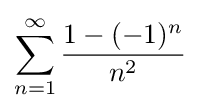
\sum _{n=1}^{\infty }{\frac {1-(-1)^{n}}{n^{2}}}